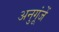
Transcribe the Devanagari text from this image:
अनुगूंजें